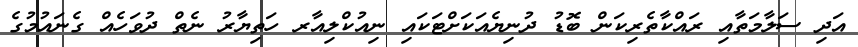
އަދި ސަލާމަތާއި ރައްކާތެރިކަން ބޮޑު ދުނިޔެއަކަށްޓަކައި ނިއުކްލިއާރ ހަތިޔާރު ނެތް ދުވަހެއް ގެނައުމުގެ